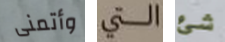
وأتمنى التي شئ